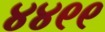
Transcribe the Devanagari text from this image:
४४९९